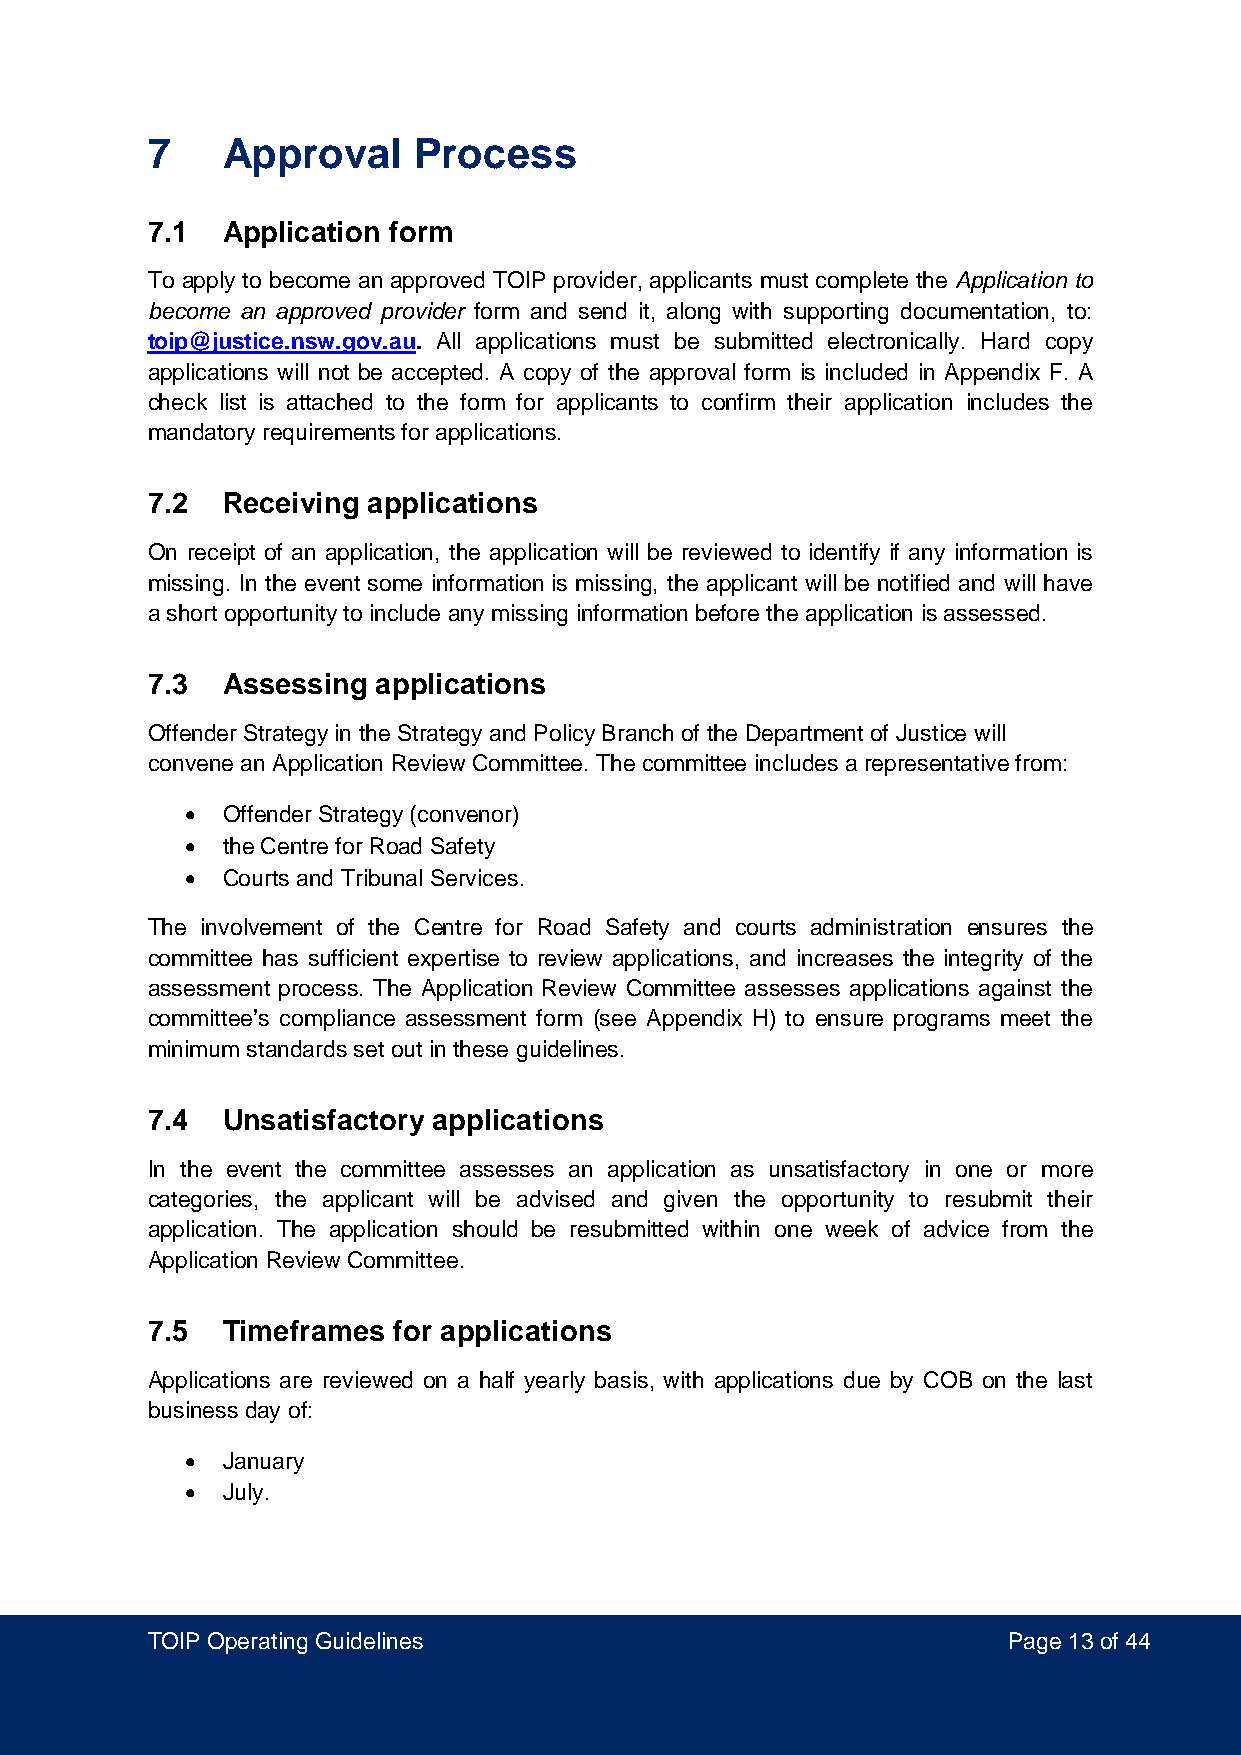
7    Approval    Process
 7.1  Application form
 To apply to become an approved TOIP provider, applicants must complete the Application to
 become an approved provider form and send it, along with supporting documentation, to:
 toip@justice.nsw.gov.au. All applications must be submitted electronically. Hard copy
 applications will not be accepted. A copy of the approval form is included in Appendix F. A
 check list is attached to the form for applicants to confirm their application includes the
 mandatory requirements for applications.
 7.2  Receiving applications
 On receipt of an application, the application will be reviewed to identify if any information is
 missing. In the event some information is missing, the applicant will be notified and will have
 a short opportunity to include any missing information before the application is assessed.
 7.3  Assessing applications
 Offender Strategy in the Strategy and Policy Branch of the Department of Justice will
 convene an Application Review Committee. The committee includes a representative from:
 •  Offender Strategy (convenor)
 •  the Centre for Road Safety
 •  Courts and Tribunal Services.
 The involvement of the Centre for Road Safety and courts administration ensures the
 committee has sufficient expertise to review applications, and increases the integrity of the
 assessment process. The Application Review Committee assesses applications against the
 committee’s compliance assessment form (see Appendix H) to ensure programs meet the
 minimum standards set out in these guidelines.
 7.4  Unsatisfactory applications
 In the event the committee assesses an application as unsatisfactory in one or more
 categories, the applicant will be advised and given the opportunity to resubmit their
 application. The application should be resubmitted within one week of advice from the
 Application Review Committee.
 7.5  Timeframes for applications
 Applications are reviewed on a half yearly basis, with applications due by COB on the last
 business day of:
 •  January
 •  July.
 TOIP Operating Guidelines                                Page 13 of 44